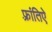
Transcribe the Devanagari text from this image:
फ़्रांतिऐ